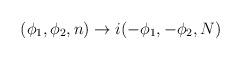
LaTeX: \begin{align*}(\phi _{1},\phi _{2},n)\rightarrow i(-\phi _{1},-\phi _{2},N) \end{align*}